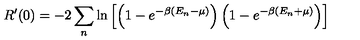
R ^ { \prime } ( 0 ) = - 2 \sum _ { n } \ln \left[ \left( 1 - e ^ { - \beta ( E _ { n } - \mu ) } \right) \left( 1 - e ^ { - \beta ( E _ { n } + \mu ) } \right) \right]